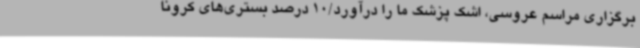
برگزاری مراسم عروسی، اشک پزشک ما را درآورد/10 درصد بستری‌های کرونا